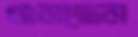
গুনছেন